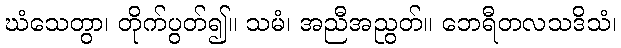
ဃံသေတွာ၊ တိုက်ပွတ်၍။ သမံ၊ အညီအညွတ်။ ဘေရီတလသဒိသံ၊